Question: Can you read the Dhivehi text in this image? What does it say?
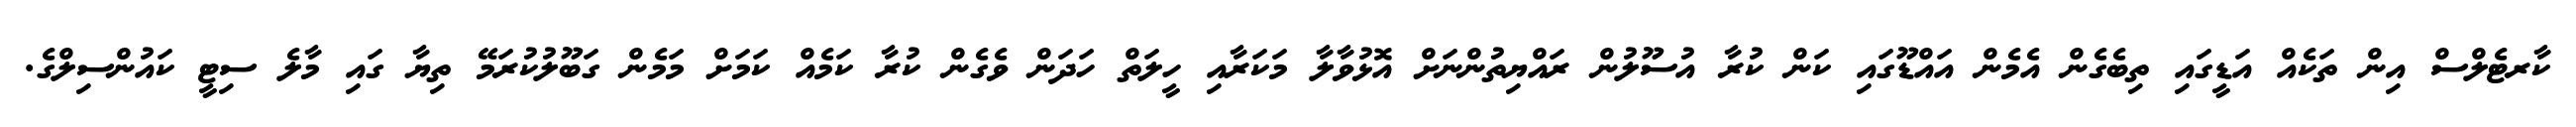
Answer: ކާރޓެލްސް އިން ތަކެއް އަޑީގައި ތިބެގެން އެމެން އައްޑޫގައި ކަން ކުރާ އުސޫލުން ރައްޔިތުންނަށް އޮޅުވާލާ މަކަރާއި ހީލަތް ހަދަން ވެގެން ކުރާ ކަމެއް ކަމަށް މަމެން ގަބޫލުކުރަމޭ ތިޔާ ގައި މާލެ ސިޓީ ކައުންސިލްގެ.